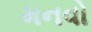
મનવો